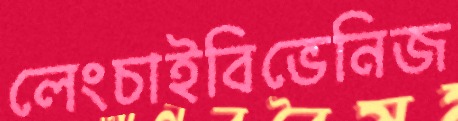
লেংচাইবিভেনিজ